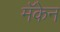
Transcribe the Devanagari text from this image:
मॅकेन